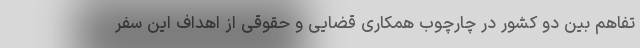
تفاهم بین دو کشور در چارچوب همکاری قضایی و حقوقی از اهداف این سفر